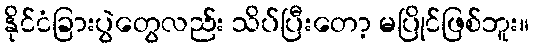
နိုင်ငံခြားပွဲတွေလည်း သိပ်ပြီးတော့ မပြိုင်ဖြစ်ဘူး။